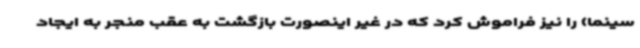
سینما) را نیز فراموش کرد که در غیر اینصورت بازگشت به عقب منجر به ایجاد